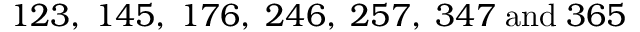
1 2 3 , \; 1 4 5 , \; 1 7 6 , \; 2 4 6 , \; 2 5 7 , \; 3 4 7 \; \mathrm { a n d } \; 3 6 5